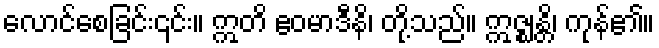
လောင်စေခြင်း၎င်း။ ဣတိ ဧဝမာဒီနိ၊ တို့သည်။ ဣဇ္ဈန္တိ၊ ကုန်၏။